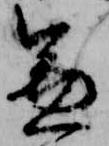
兼